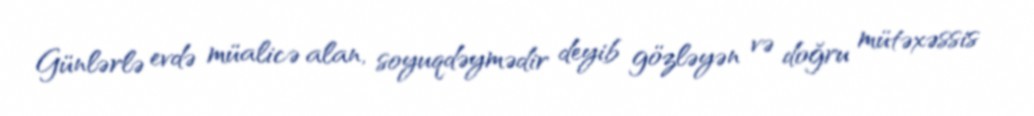
Günlərlə evdə müalicə alan, soyuqdəymədir deyib gözləyən və doğru mütəxəssis